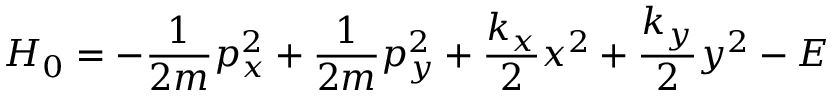
H _ { 0 } = - \frac { 1 } { 2 m } p _ { x } ^ { 2 } + \frac { 1 } { 2 m } p _ { y } ^ { 2 } + \frac { k _ { x } } { 2 } x ^ { 2 } + \frac { k _ { y } } { 2 } y ^ { 2 } - E